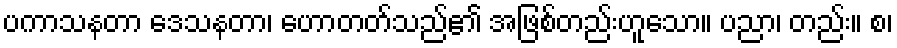
ပကာသနတာ ဒေသနတာ၊ ဟောတတ်သည်၏ အဖြစ်တည်းဟူသော။ ပညာ၊ တည်း။ စ၊